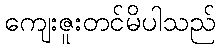
ကျေးဇူးတင်မိပါသည်